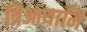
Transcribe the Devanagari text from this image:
त्रिआयामि